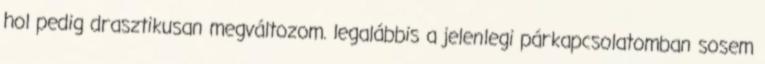
hol pedig drasztikusan megváltozom. legalábbis a jelenlegi párkapcsolatomban sosem